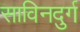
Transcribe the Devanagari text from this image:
साविनदुर्ग